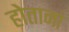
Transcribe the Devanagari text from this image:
होतानां